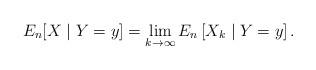
LaTeX: \begin{align*} E_n[X \mid Y=y] = \lim_{k\to \infty} E_n \left[ X_k \mid Y=y \right]. \end{align*}